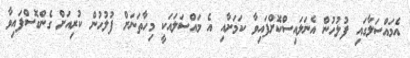
އެމައްސަލާގައި ފުލުހުން އެނަލައިސްކޮށްފައިވާ ކަމަށާއި އެ މައްސަލައަކީ މިހާތަނަށް ފުލުހުން ކުރިއަށް ގެންގޮސްފައިވާ